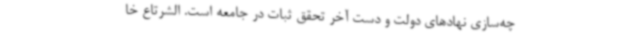
چه‌سازی نهادهای دولت و دست آخر تحقق ثبات در جامعه است. الشرتاع خا